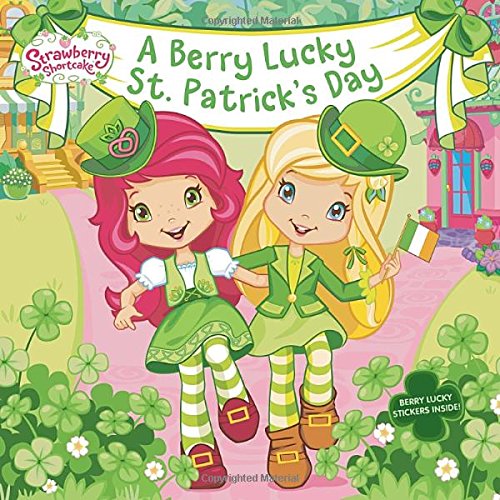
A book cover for A Berry Lucky St. Patrick's Day (Strawberry Shortcake); Mickie Matheis; Children's Books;